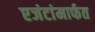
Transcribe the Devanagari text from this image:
एजंटांमार्फत